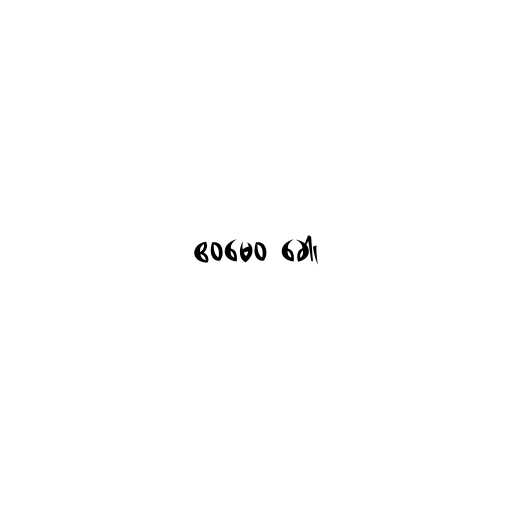
ဧဝမေဝ ခေါ၊